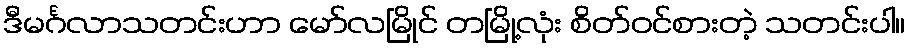
ဒီမင်္ဂလာသတင်းဟာ မော်လမြိုင် တမြို့လုံး စိတ်ဝင်စားတဲ့ သတင်းပါ။